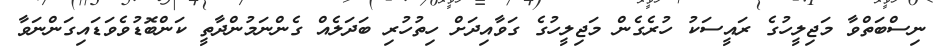
ނިސްބަތްވާ މަޖިލީހުގެ ރައީސަކު ހުރެގެން މަޖިލީހުގެ ގަވާއިދަށް ހިތުހުރި ބަދަލެއް ގެންނަމުންދާތީ ކަންބޮޑުވެވަޑައިގަންނަވާ